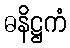
ဓနိဋ္ဌကံ